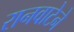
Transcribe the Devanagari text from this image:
रानवाटेने